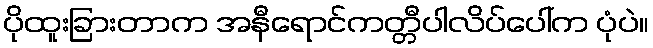
ပိုထူးခြားတာက အနီရောင်ကတ္တီပါလိပ်ပေါ်က ပုံပဲ။